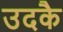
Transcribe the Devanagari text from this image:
उदकै